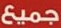
جميع